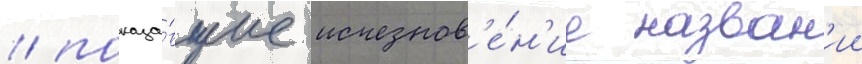
/ показа́вшие исчезнов'е́н'ие назван'ии